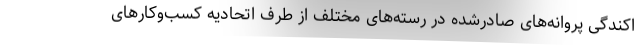
اکندگی پروانه‌های صادرشده در رسته‌های مختلف از طرف اتحادیه کسب‌وکارهای